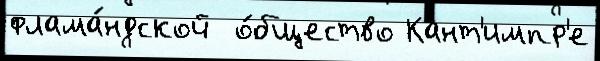
флама́ндской  о́бщество Кант'импр'е